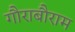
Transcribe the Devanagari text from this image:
गौराबौराम